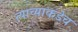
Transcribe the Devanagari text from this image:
त्याच्याकडेच